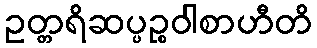
ဥတ္တရိဆပ္ပဉ္စဝါစာဟီတိ